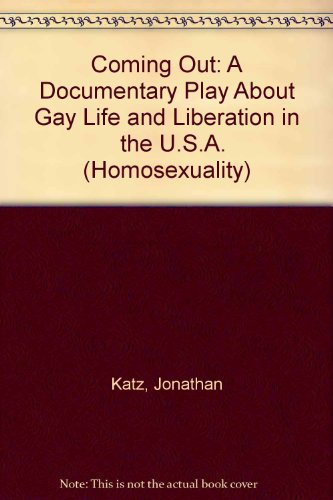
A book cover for Coming Out: A Documentary Play About Gay Life and Liberation in   the U.S.A. (Homosexuality); Jonathan Katz; Gay & Lesbian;